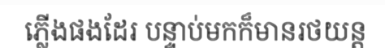
ភ្លើងផងដែរ បន្ទាប់មកក៏មានរថយន្ត